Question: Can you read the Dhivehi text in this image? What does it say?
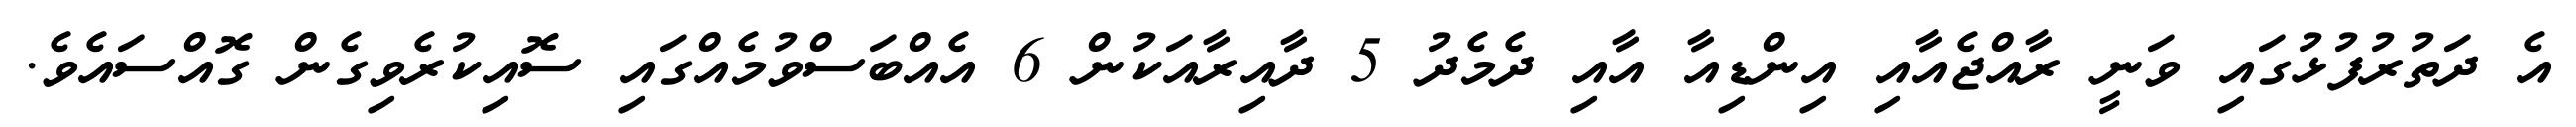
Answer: އެ ދަތުރުފުޅުގައި ވަނީ ރާއްޖެއާއި އިންޑިއާ އާއި ދެމެދު 5 ދާއިރާއަކުން 6 އެއްބަސްވުމެއްގައި ސޮއިކުރެވިގެން ގޮއްސައެވެ.